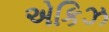
એકિઝ